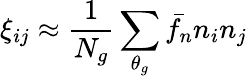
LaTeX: \xi_{ij}\approx\frac{1}{N_{g}}\sum_{\theta_{g}}\bar{f_{n}}n_{i}n_{j}